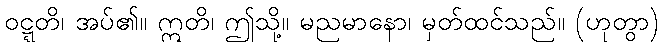
ဝဋ္ဋတိ၊ အပ်၏။ ဣတိ၊ ဤသို့။ မညမာနော၊ မှတ်ထင်သည်။ (ဟုတွာ)